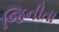
જિનીતા